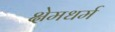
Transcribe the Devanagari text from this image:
क्षेमधर्म